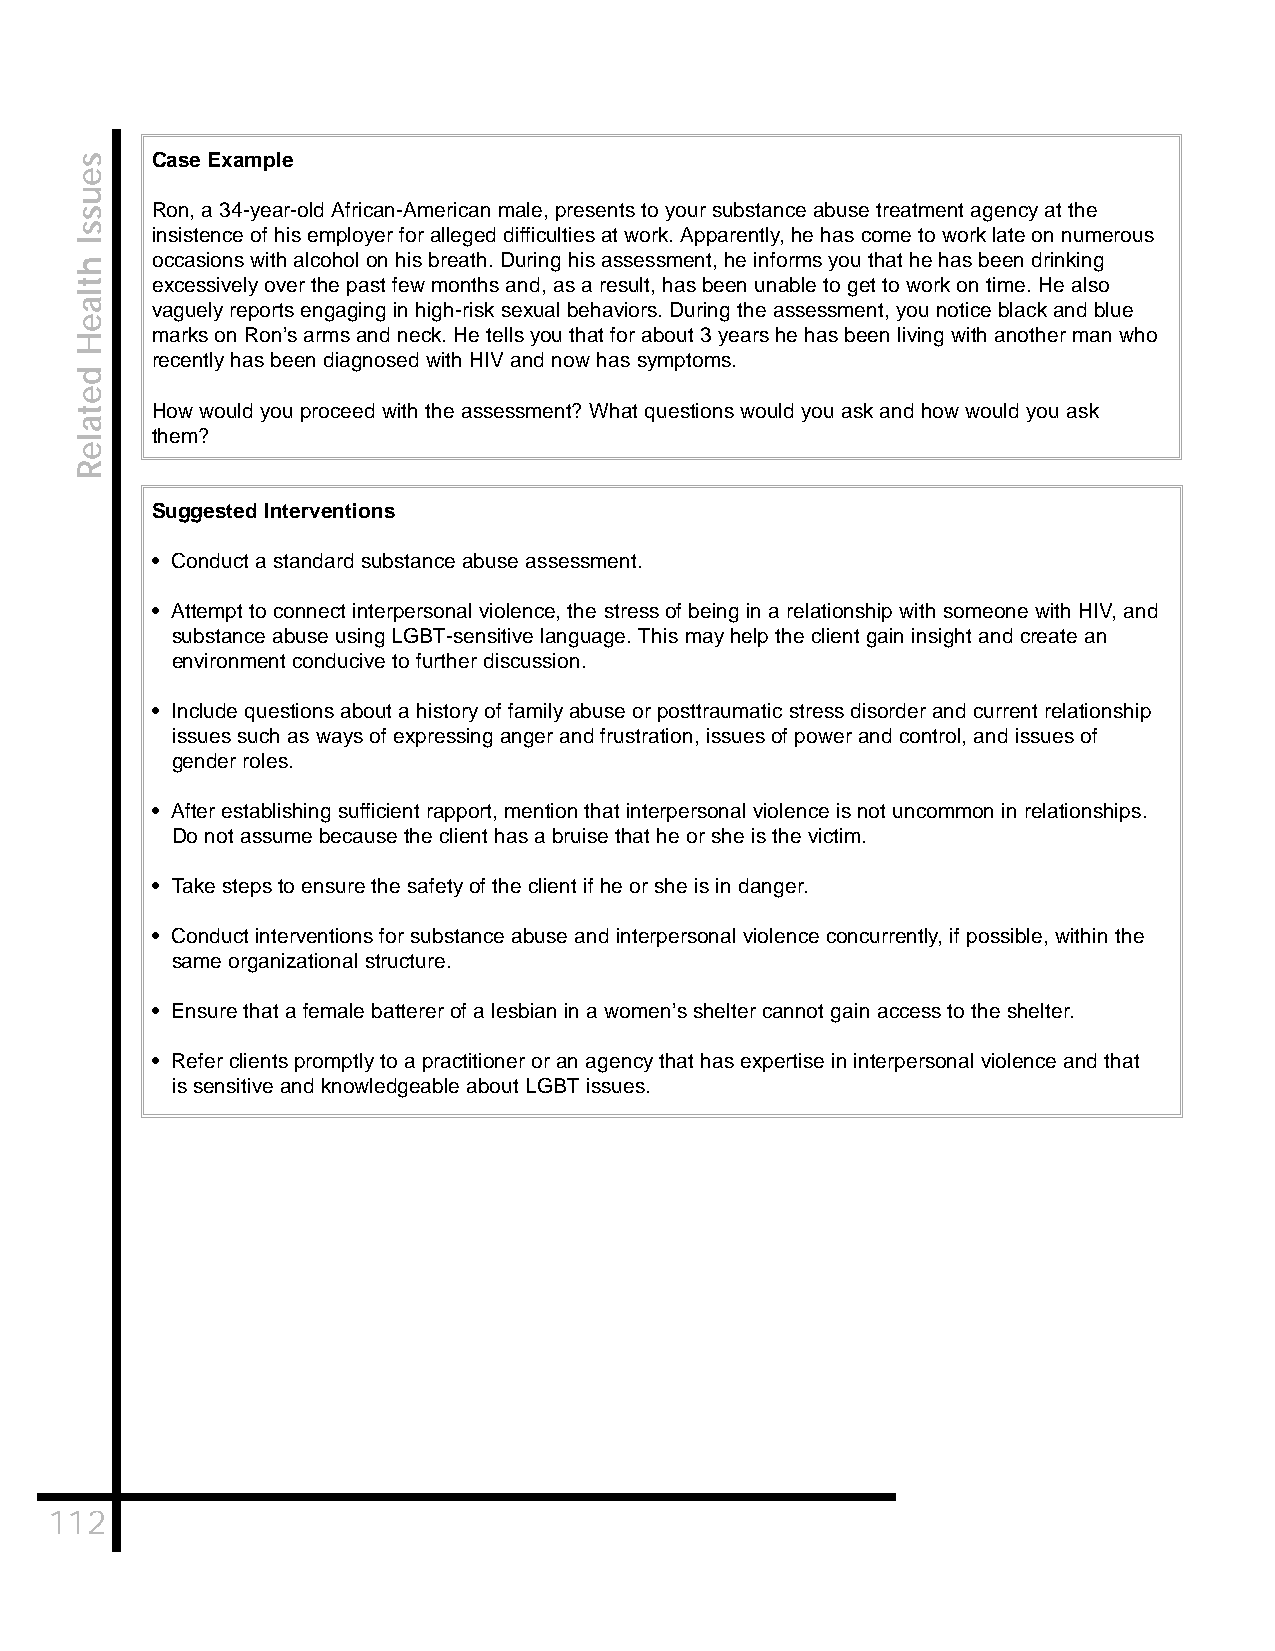
Case Example
 Ron, a 34-year-old African-American male, presents to your substance abuse treatment agency at the
 insistence of his employer for alleged difficulties at work. Apparently, he has come to work late on numerous
 occasions with alcohol on his breath. During his assessment, he informs you that he has been drinking
 excessively over the past few months and, as a result, has been unable to get to work on time. He also
 vaguely reports engaging in high-risk sexual behaviors. During the assessment, you notice black and blue
 marks on Ron’s arms and neck. He tells you that for about 3 years he has been living with another man who
 recently has been diagnosed with HIV and now has symptoms.
 How would you proceed with the assessment? What questions would you ask and how would you ask
 them?
 Suggested Interventions
 • Conduct a standard substance abuse assessment.
 • Attempt to connect interpersonal violence, the stress of being in a relationship with someone with HIV, and
 substance abuse using LGBT-sensitive language. This may help the client gain insight and create an
 environment conducive to further discussion.
 • Include questions about a history of family abuse or posttraumatic stress disorder and current relationship
 issues such as ways of expressing anger and frustration, issues of power and control, and issues of
 gender roles.
 • After establishing sufficient rapport, mention that interpersonal violence is not uncommon in relationships.
 Do not assume because the client has a bruise that he or she is the victim.
 • Take steps to ensure the safety of the client if he or she is in danger.
 • Conduct interventions for substance abuse and interpersonal violence concurrently, if possible, within the
 same organizational structure.
 • Ensure that a female batterer of a lesbian in a women’s shelter cannot gain access to the shelter.
 • Refer clients promptly to a practitioner or an agency that has expertise in interpersonal violence and that
 is sensitive and knowledgeable about LGBT issues.
 112
 seussI
 htlaeH
 detaleR